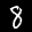
Label: 8